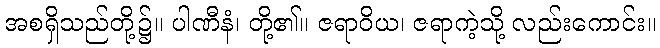
အစရှိသည်တို့၌။ ပါဏီနံ၊ တို့၏။ ဇရာဝိယ၊ ဇရာကဲ့သို့ လည်းကောင်း။